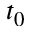
t _ { 0 }